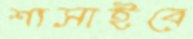
শাসাইবে